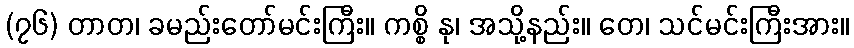
(၇၆) တာတ၊ ခမည်းတော်မင်းကြီး။ ကစ္စိ နု၊ အသို့နည်း။ တေ၊ သင်မင်းကြီးအား။